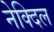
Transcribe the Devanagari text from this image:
नेक्दिल